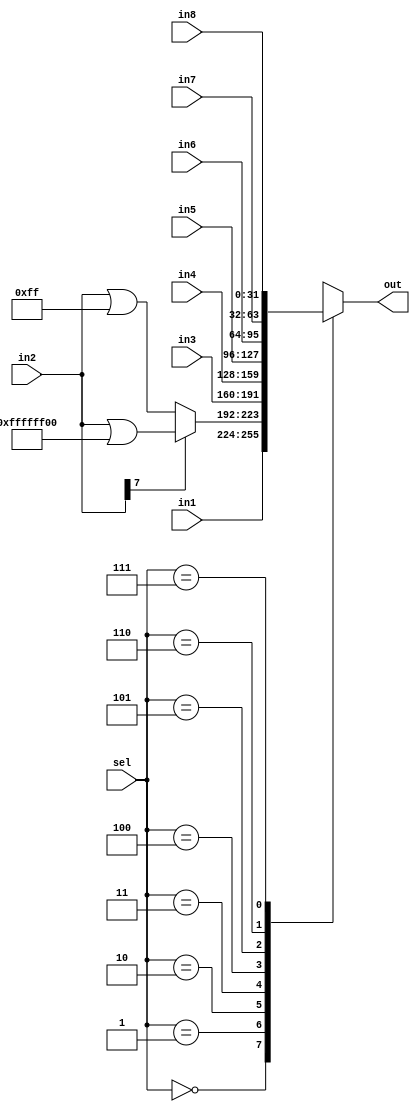
`timescale 1ns/1ns
	
module MUX_to_Reg_File #(parameter n = 32, m=3) 
  (input [n-1:0] in1, in2, in3, in4, in5, in6, in7, in8,
   input [m-1:0] sel,
   output reg [n-1:0] out);
	
	wire [n-1:0] load_byte; // here LB and LW are the same
	wire sign_flag;
	

	 always@(sel, in1, load_byte, in3, in4, in5, in6) begin
		case (sel)
			3'b000: out = in1;	// result of reg
			3'b001: out = load_byte;	// LB (Load Byte) from memory data out
			3'b010: out = in3;	// LW from memory data out
			3'b011: out = in4;	// pc
			3'b100: out = in5;	// reserved for multiplication result
			3'b101: out = in6;	// pc+4
			3'b110: out = in7;	// LUI
			3'b111: out = in8;	// AUIPC
			
			default : out = {n{1'b0}};
		endcase
	end
	
	assign sign_flag = in2[7];
	assign load_byte = sign_flag ? (in2 | 32'hffffff00) : (in2 | 32'h000000ff); //sign extention

endmodule